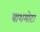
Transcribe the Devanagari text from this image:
बाशमोटा